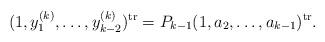
LaTeX: \begin{align*}(1,y_1^{(k)},\ldots,y_{k-2}^{(k)})^{{\rm tr}}=P_{k-1}(1,a_2,\ldots,a_{k-1})^{{\rm tr}}.\end{align*}